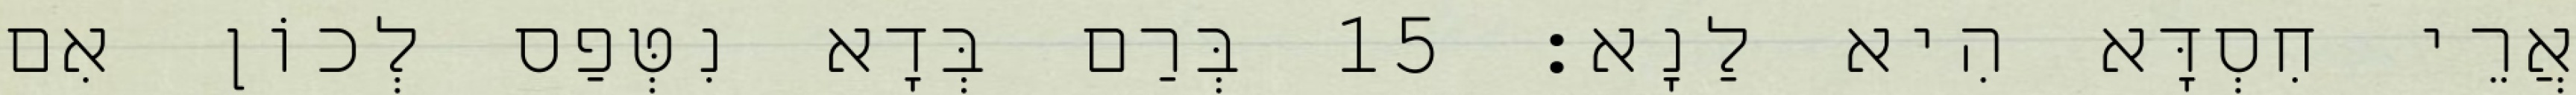
אֲרֵי חִסְדָּא הִיא לַנָא׃ 15 בְּרַם בְּדָא נִטְּפַס לְכוֹן אִם